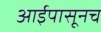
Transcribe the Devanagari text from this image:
आईपासूनच